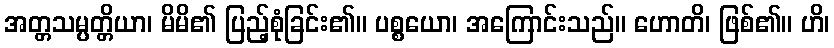
အတ္တသမ္ပတ္တိယာ၊ မိမိ၏ ပြည့်စုံခြင်း၏။ ပစ္စယော၊ အကြောင်းသည်။ ဟောတိ၊ ဖြစ်၏။ ဟိ၊